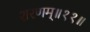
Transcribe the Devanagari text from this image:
शरणम्॥११॥